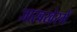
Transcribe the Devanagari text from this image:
जारबखेरमें